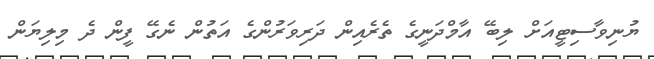
ޔުނިވާސިޓީއަށް ލިބޭ އާމްދަނީގެ ތެރެއިން ދަރިވަރުންގެ އަތުން ނެގޭ ފީން ދެ މިލިޔަން